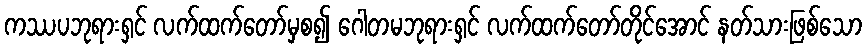
ကဿပဘုရားရှင် လက်ထက်တော်မှစ၍ ဂေါတမဘုရားရှင် လက်ထက်တော်တိုင်အောင် နတ်သားဖြစ်သော